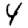
Digit: 4